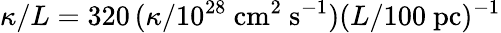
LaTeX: \kappa/L=320\, (\kappa/10^{28}~\mathrm{cm}^{2}~\mathrm{s}^{-1})(L/100~\mathrm{pc)^{-1}}